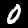
Label: 0